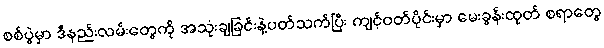
စစ်ပွဲမှာ ဒီနည်းလမ်းတွေကို အသုံးချခြင်းနဲ့ပတ်သက်ပြီး ကျင့်ဝတ်ပိုင်းမှာ မေးခွန်းထုတ် စရာတွေ